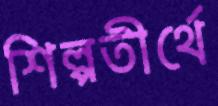
শিল্পতীর্থে